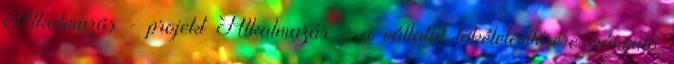
Alkalmazás - projekt Alkalmazás - a vállalat tökéletesítésére irányuló